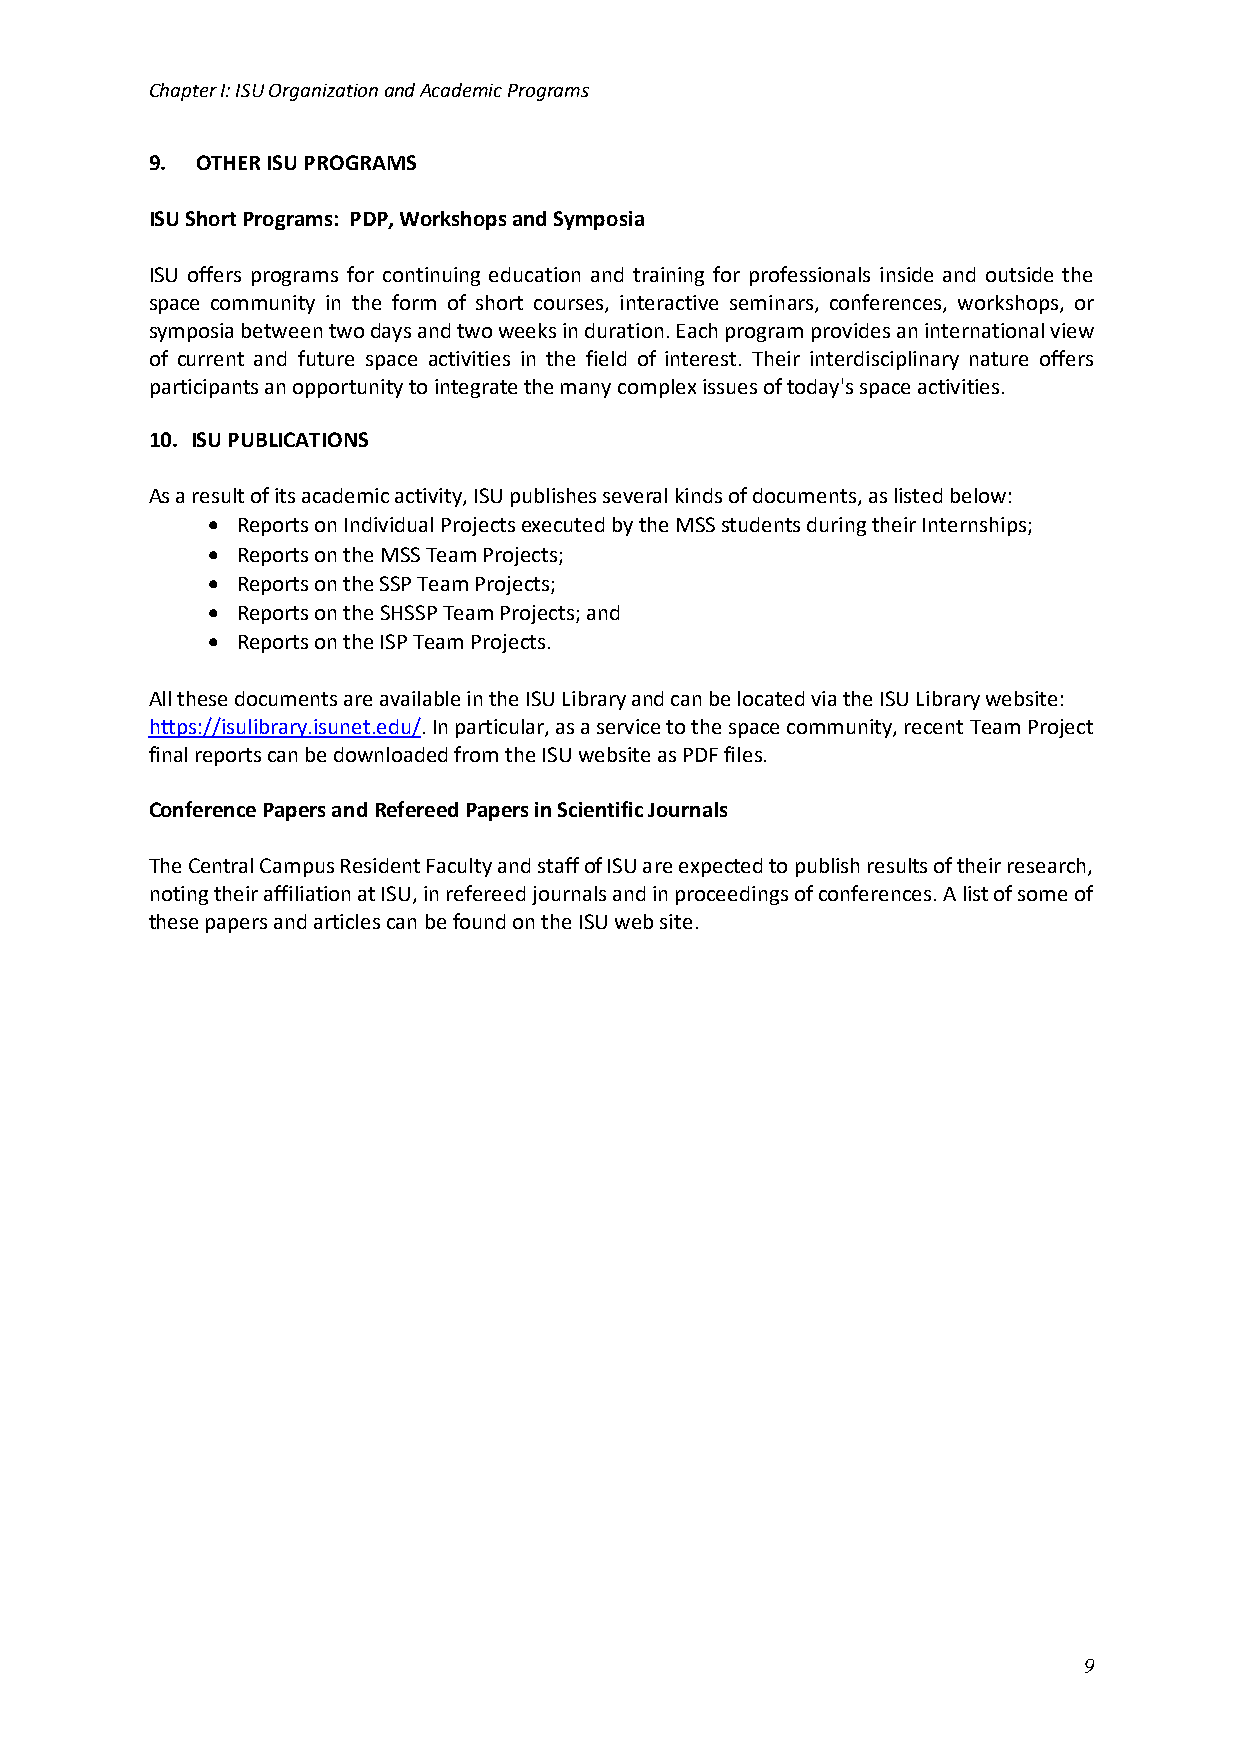
Chapter I: ISU Organization and Academic Programs
 9. OTHER ISU PROGRAMS
 ISU Short Programs: PDP, Workshops and Symposia
 ISU offers programs for continuing education and training for professionals inside and outside the
 space community in the form of short courses, interactive seminars, conferences, workshops, or
 symposia between two days and two weeks in duration. Each program provides an international view
 of current and future space activities in the field of interest. Their interdisciplinary nature offers
 participants an opportunity to integrate the many complex issues of today's space activities.
 10. ISU PUBLICATIONS
 As a result of its academic activity, ISU publishes several kinds of documents, as listed below:
 • Reports on Individual Projects executed by the MSS students during their Internships;
 • Reports on the MSS Team Projects;
 • Reports on the SSP Team Projects;
 • Reports on the SHSSP Team Projects; and
 • Reports on the ISP Team Projects.
 All these documents are available in the ISU Library and can be located via the ISU Library website:
 https://isulibrary.isunet.edu/. In particular, as a service to the space community, recent Team Project
 final reports can be downloaded from the ISU website as PDF files.
 Conference Papers and Refereed Papers in Scientific Journals
 The Central Campus Resident Faculty and staff of ISU are expected to publish results of their research,
 noting their affiliation at ISU, in refereed journals and in proceedings of conferences. A list of some of
 these papers and articles can be found on the ISU web site.
 9